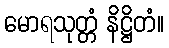
မောရသုတ္တံ နိဋ္ဌိတံ။